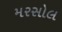
મરસોલ